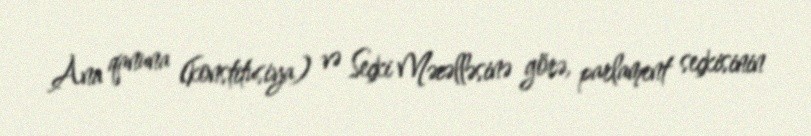
Ana qanuna (konstitusiya) və Seçki Məcəlləsinə görə, parlament seçkisinin